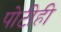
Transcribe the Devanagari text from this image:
पोटीही